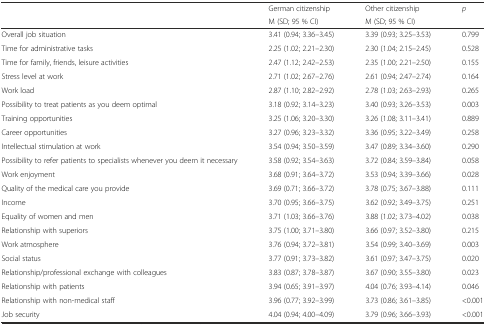
<table><thead><tr><td rowspan="2"></td><td><b>German citizenship</b></td><td><b>Other citizenship</b></td><td rowspan="2"><b><i>p</i></b></td></tr><tr><td><b>M (SD; 95 % CI)</b></td><td><b>M (SD; 95 % CI)</b></td></tr></thead><tbody><tr><td>Overall job situation</td><td>3.41 (0.94; 3.36–3.45)</td><td>3.39 (0.93; 3.25–3.53)</td><td>0.799</td></tr><tr><td>Time for administrative tasks</td><td>2.25 (1.02; 2.21–2.30)</td><td>2.30 (1.04; 2.15–2.45)</td><td>0.528</td></tr><tr><td>Time for family, friends, leisure activities</td><td>2.47 (1.12; 2.42–2.53)</td><td>2.35 (1.00; 2.21–2.50)</td><td>0.155</td></tr><tr><td>Stress level at work</td><td>2.71 (1.02; 2.67–2.76)</td><td>2.61 (0.94; 2.47–2.74)</td><td>0.164</td></tr><tr><td>Work load</td><td>2.87 (1.10; 2.82–2.92)</td><td>2.78 (1.03; 2.63–2.93)</td><td>0.265</td></tr><tr><td>Possibility to treat patients as you deem optimal</td><td>3.18 (0.92; 3.14–3.23)</td><td>3.40 (0.93; 3.26–3.53)</td><td>0.003</td></tr><tr><td>Training opportunities</td><td>3.25 (1.06; 3.20–3.30)</td><td>3.26 (1.08; 3.11–3.41)</td><td>0.889</td></tr><tr><td>Career opportunities</td><td>3.27 (0.96; 3.23–3.32)</td><td>3.36 (0.95; 3.22–3.49)</td><td>0.258</td></tr><tr><td>Intellectual stimulation at work</td><td>3.54 (0.94; 3.50–3.59)</td><td>3.47 (0.89; 3.34–3.60)</td><td>0.290</td></tr><tr><td>Possibility to refer patients to specialists whenever you deem it necessary</td><td>3.58 (0.92; 3.54–3.63)</td><td>3.72 (0.84; 3.59–3.84)</td><td>0.058</td></tr><tr><td>Work enjoyment</td><td>3.68 (0.91; 3.64–3.72)</td><td>3.53 (0.94; 3.39–3.66)</td><td>0.028</td></tr><tr><td>Quality of the medical care you provide</td><td>3.69 (0.71; 3.66–3.72)</td><td>3.78 (0.75; 3.67–3.88)</td><td>0.111</td></tr><tr><td>Income</td><td>3.70 (0.95; 3.66–3.75)</td><td>3.62 (0.92; 3.49–3.75)</td><td>0.251</td></tr><tr><td>Equality of women and men</td><td>3.71 (1.03; 3.66–3.76)</td><td>3.88 (1.02; 3.73–4.02)</td><td>0.038</td></tr><tr><td>Relationship with superiors</td><td>3.75 (1.00; 3.71–3.80)</td><td>3.66 (0.97; 3.52–3.80)</td><td>0.215</td></tr><tr><td>Work atmosphere</td><td>3.76 (0.94; 3.72–3.81)</td><td>3.54 (0.99; 3.40–3.69)</td><td>0.003</td></tr><tr><td>Social status</td><td>3.77 (0.91; 3.73–3.82)</td><td>3.61 (0.97; 3.47–3.75)</td><td>0.020</td></tr><tr><td>Relationship/professional exchange with colleagues</td><td>3.83 (0.87; 3.78–3.87)</td><td>3.67 (0.90; 3.55–3.80)</td><td>0.023</td></tr><tr><td>Relationship with patients</td><td>3.94 (0.65; 3.91–3.97)</td><td>4.04 (0.76; 3.93–4.14)</td><td>0.046</td></tr><tr><td>Relationship with non-medical staff</td><td>3.96 (0.77; 3.92–3.99)</td><td>3.73 (0.86; 3.61–3.85)</td><td>&lt;0.001</td></tr><tr><td>Job security</td><td>4.04 (0.94; 4.00–4.09)</td><td>3.79 (0.96; 3.66–3.93)</td><td>&lt;0.001</td></tr></tbody></table>